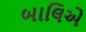
બાલિએ